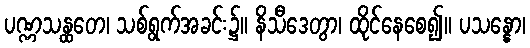
ပဏ္ဏသန္ထတေ၊ သစ်ရွက်အခင်း၌။ နိသီဒေတွာ၊ ထိုင်နေစေ၍။ ပသန္နော၊